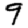
Digit: 9